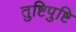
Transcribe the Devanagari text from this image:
तुष्टिपुष्टि